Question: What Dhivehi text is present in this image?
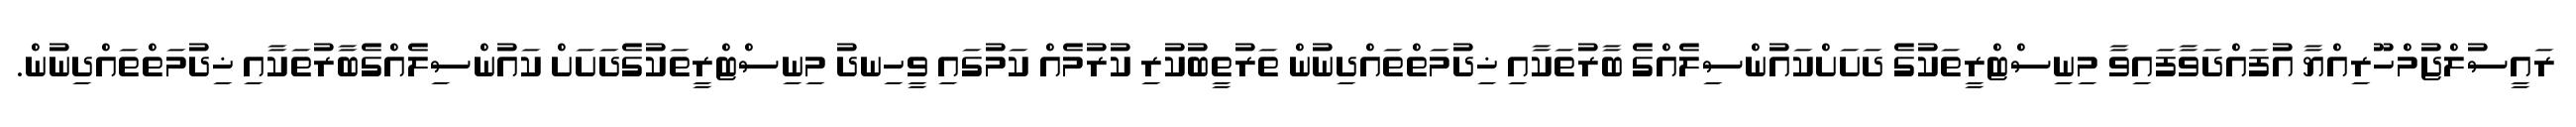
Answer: ރައީސުލްޖުމްހޫރިއްޔާ އުފައްދަވާފައިވާ މިނިސްޓްރީތަކުގެ ދަށަށްކައުންސިލެއްގެ ބާރުތަކާއި ޚިދުމަތްތައްދިނުން ތަރުތީބުކުރި ކުރުމެއް ކަމުގައި ވީހިނދު މިނިސްޓްރީތަކުގެދަށަށް ކައުންސިލެއްގެބާރުތަކާއި ޚިދުމަތްތައްދިނުން.